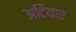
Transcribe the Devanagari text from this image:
अटियार